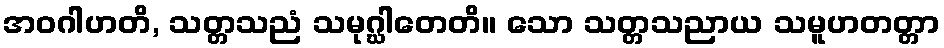
အဝဂါဟတိ, သတ္တသညံ သမုဂ္ဃါတေတိ။ သော သတ္တသညာယ သမူဟတတ္တာ